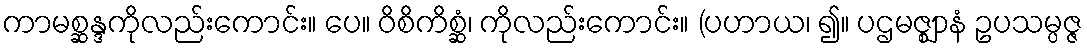
ကာမစ္ဆန္ဒကိုလည်းကောင်း။ ပေ။ ဝိစိကိစ္ဆံ၊ ကိုလည်းကောင်း။ (ပဟာယ၊ ၍။ ပဌမဇ္ဈာနံ ဥပသမ္ပဇ္ဇ